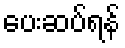
ပေးဆပ်ရန်